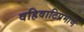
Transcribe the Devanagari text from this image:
वहिवाटिप्रमाणे